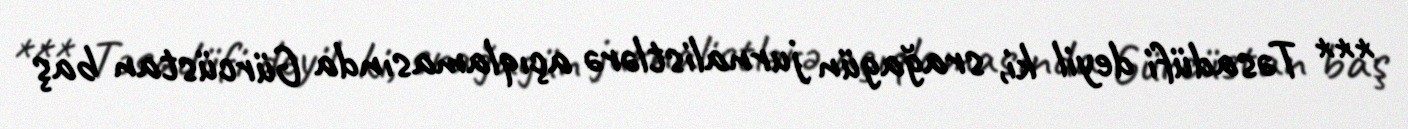
*** Təsadüfi deyil ki, srağagün jurnalistlərə açıqlamasında Gürcüstan baş